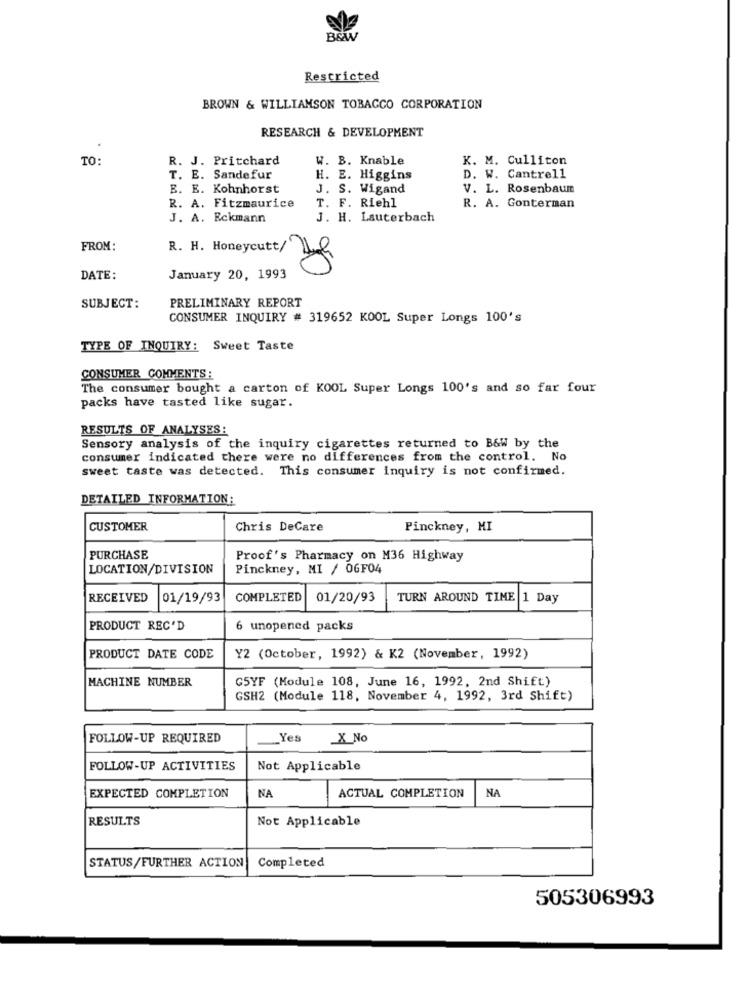
B&W
Restricted
BROWN & WILLIAMSON TOBACCO CORPORATION
RESEARCH & DEVELOPMENT
TO:
R. J. Pritchard
W. B. Knable
K. M. Culliton
T. E. Sandefur
H. E. Higgins
D. W. Cantrell
B. E. Kohnhorst
J. S. Wigand
V. L. Rosenbaum
R. A. Fitzmaurice
T. F. Riehl
R. A. Gonterman
J. A. Eckmann
J. H. Lauterbach
FROM:
R. H. Honeycutt/'
DATE:
January 20, 1993
PRELIMINARY REPORT
SUBJECT:
CONSUMER INQUIRY # 319652 KOOL Super Longs 100's
TYPE OF INQUIRY: Sweet Taste
CONSUMER COMMENTS :
The consumer bought a carton of KOOL Super Longs 100's and so far four
packs have tasted like sugar.
RESULTS OF ANALYSES:
Sensory analysis of the inquiry cigarettes returned to B&W by the
consumer indicated there were no differences from the control. No
sweet taste was detected. This consumer inquiry is not confirmed.
DETAILED INFORMATION:
CUSTOMER
Chris DeCare
Pinckney, MI
PURCHASE
Proof's Pharmacy on M36 Highway
LOCATION/DIVISION
Pinckney, MI / OGF04
RECEIVED
01/19/93
COMPLETED
01/20/93
TURN AROUND TIME 1 Day
PRODUCT REC'D
6 unopened packs
PRODUCT DATE CODE
Y2 (October, 1992) & K2 (November, 1992)
MACHINE NUMBER
G5YF (Module 108, June 16, 1992, 2nd Shift)
GSH2 (Module 118, November 4, 1992, 3rd Shift)
FOLLOW-UP REQUIRED
__ Yes
X No
FOLLOW-UP ACTIVITIES
Not Applicable
NA
NA
EXPECTED COMPLETION
ACTUAL COMPLETION
RESULTS
Not Applicable
STATUS/FURTHER ACTION
Completed
505306993